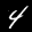
Label: 4